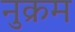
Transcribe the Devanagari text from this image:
नुक्रम